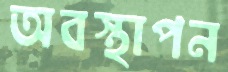
অবস্থাপন